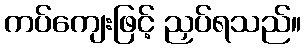
ကပ်ကျေးဖြင့် ညှပ်ရသည်။